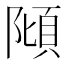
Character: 𨻺